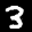
Label: 3